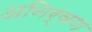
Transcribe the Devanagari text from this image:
अनिर्वण